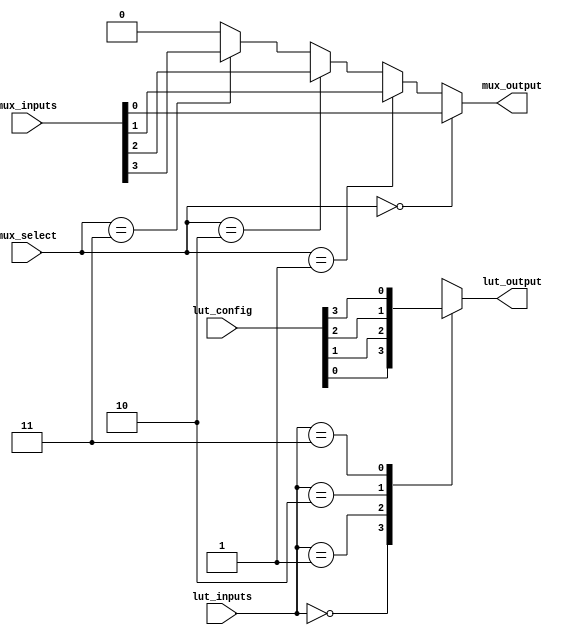
module CLB (
    input wire [3:0] lut_inputs,          // 4-bit input to LUT
    input wire [3:0] lut_config,          // Configuration bits for LUT (truth table)
    input wire [1:0] mux_select,          // Select signal for MUX
    input wire [3:0] mux_inputs,          // Inputs to MUX
    output wire lut_output,                // Output from LUT
    output wire mux_output                 // Output from MUX
);

// 4-input LUT implementation
reg lut_result;
always @(*) begin
    case (lut_inputs)
        4'b0000: lut_result = lut_config[0];
        4'b0001: lut_result = lut_config[1];
        4'b0010: lut_result = lut_config[2];
        4'b0011: lut_result = lut_config[3];
        4'b0100: lut_result = lut_config[4];
        4'b0101: lut_result = lut_config[5];
        4'b0110: lut_result = lut_config[6];
        4'b0111: lut_result = lut_config[7];
        4'b1000: lut_result = lut_config[8];
        4'b1001: lut_result = lut_config[9];
        4'b1010: lut_result = lut_config[10];
        4'b1011: lut_result = lut_config[11];
        4'b1100: lut_result = lut_config[12];
        4'b1101: lut_result = lut_config[13];
        4'b1110: lut_result = lut_config[14];
        4'b1111: lut_result = lut_config[15];
        default: lut_result = 1'b0;
    endcase
end

assign lut_output = lut_result;

// 2-to-1 MUX implementation
assign mux_output = (mux_select == 2'b00) ? mux_inputs[0] :
                    (mux_select == 2'b01) ? mux_inputs[1] :
                    (mux_select == 2'b10) ? mux_inputs[2] :
                    (mux_select == 2'b11) ? mux_inputs[3] : 1'b0;

endmodule